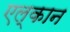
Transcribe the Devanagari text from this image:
एल्कान